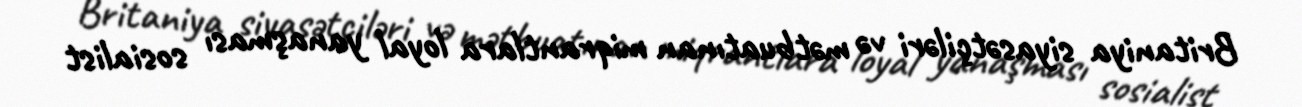
Britaniya siyasətçiləri və mətbuatınan miqrantlara loyal yanaşması sosialist